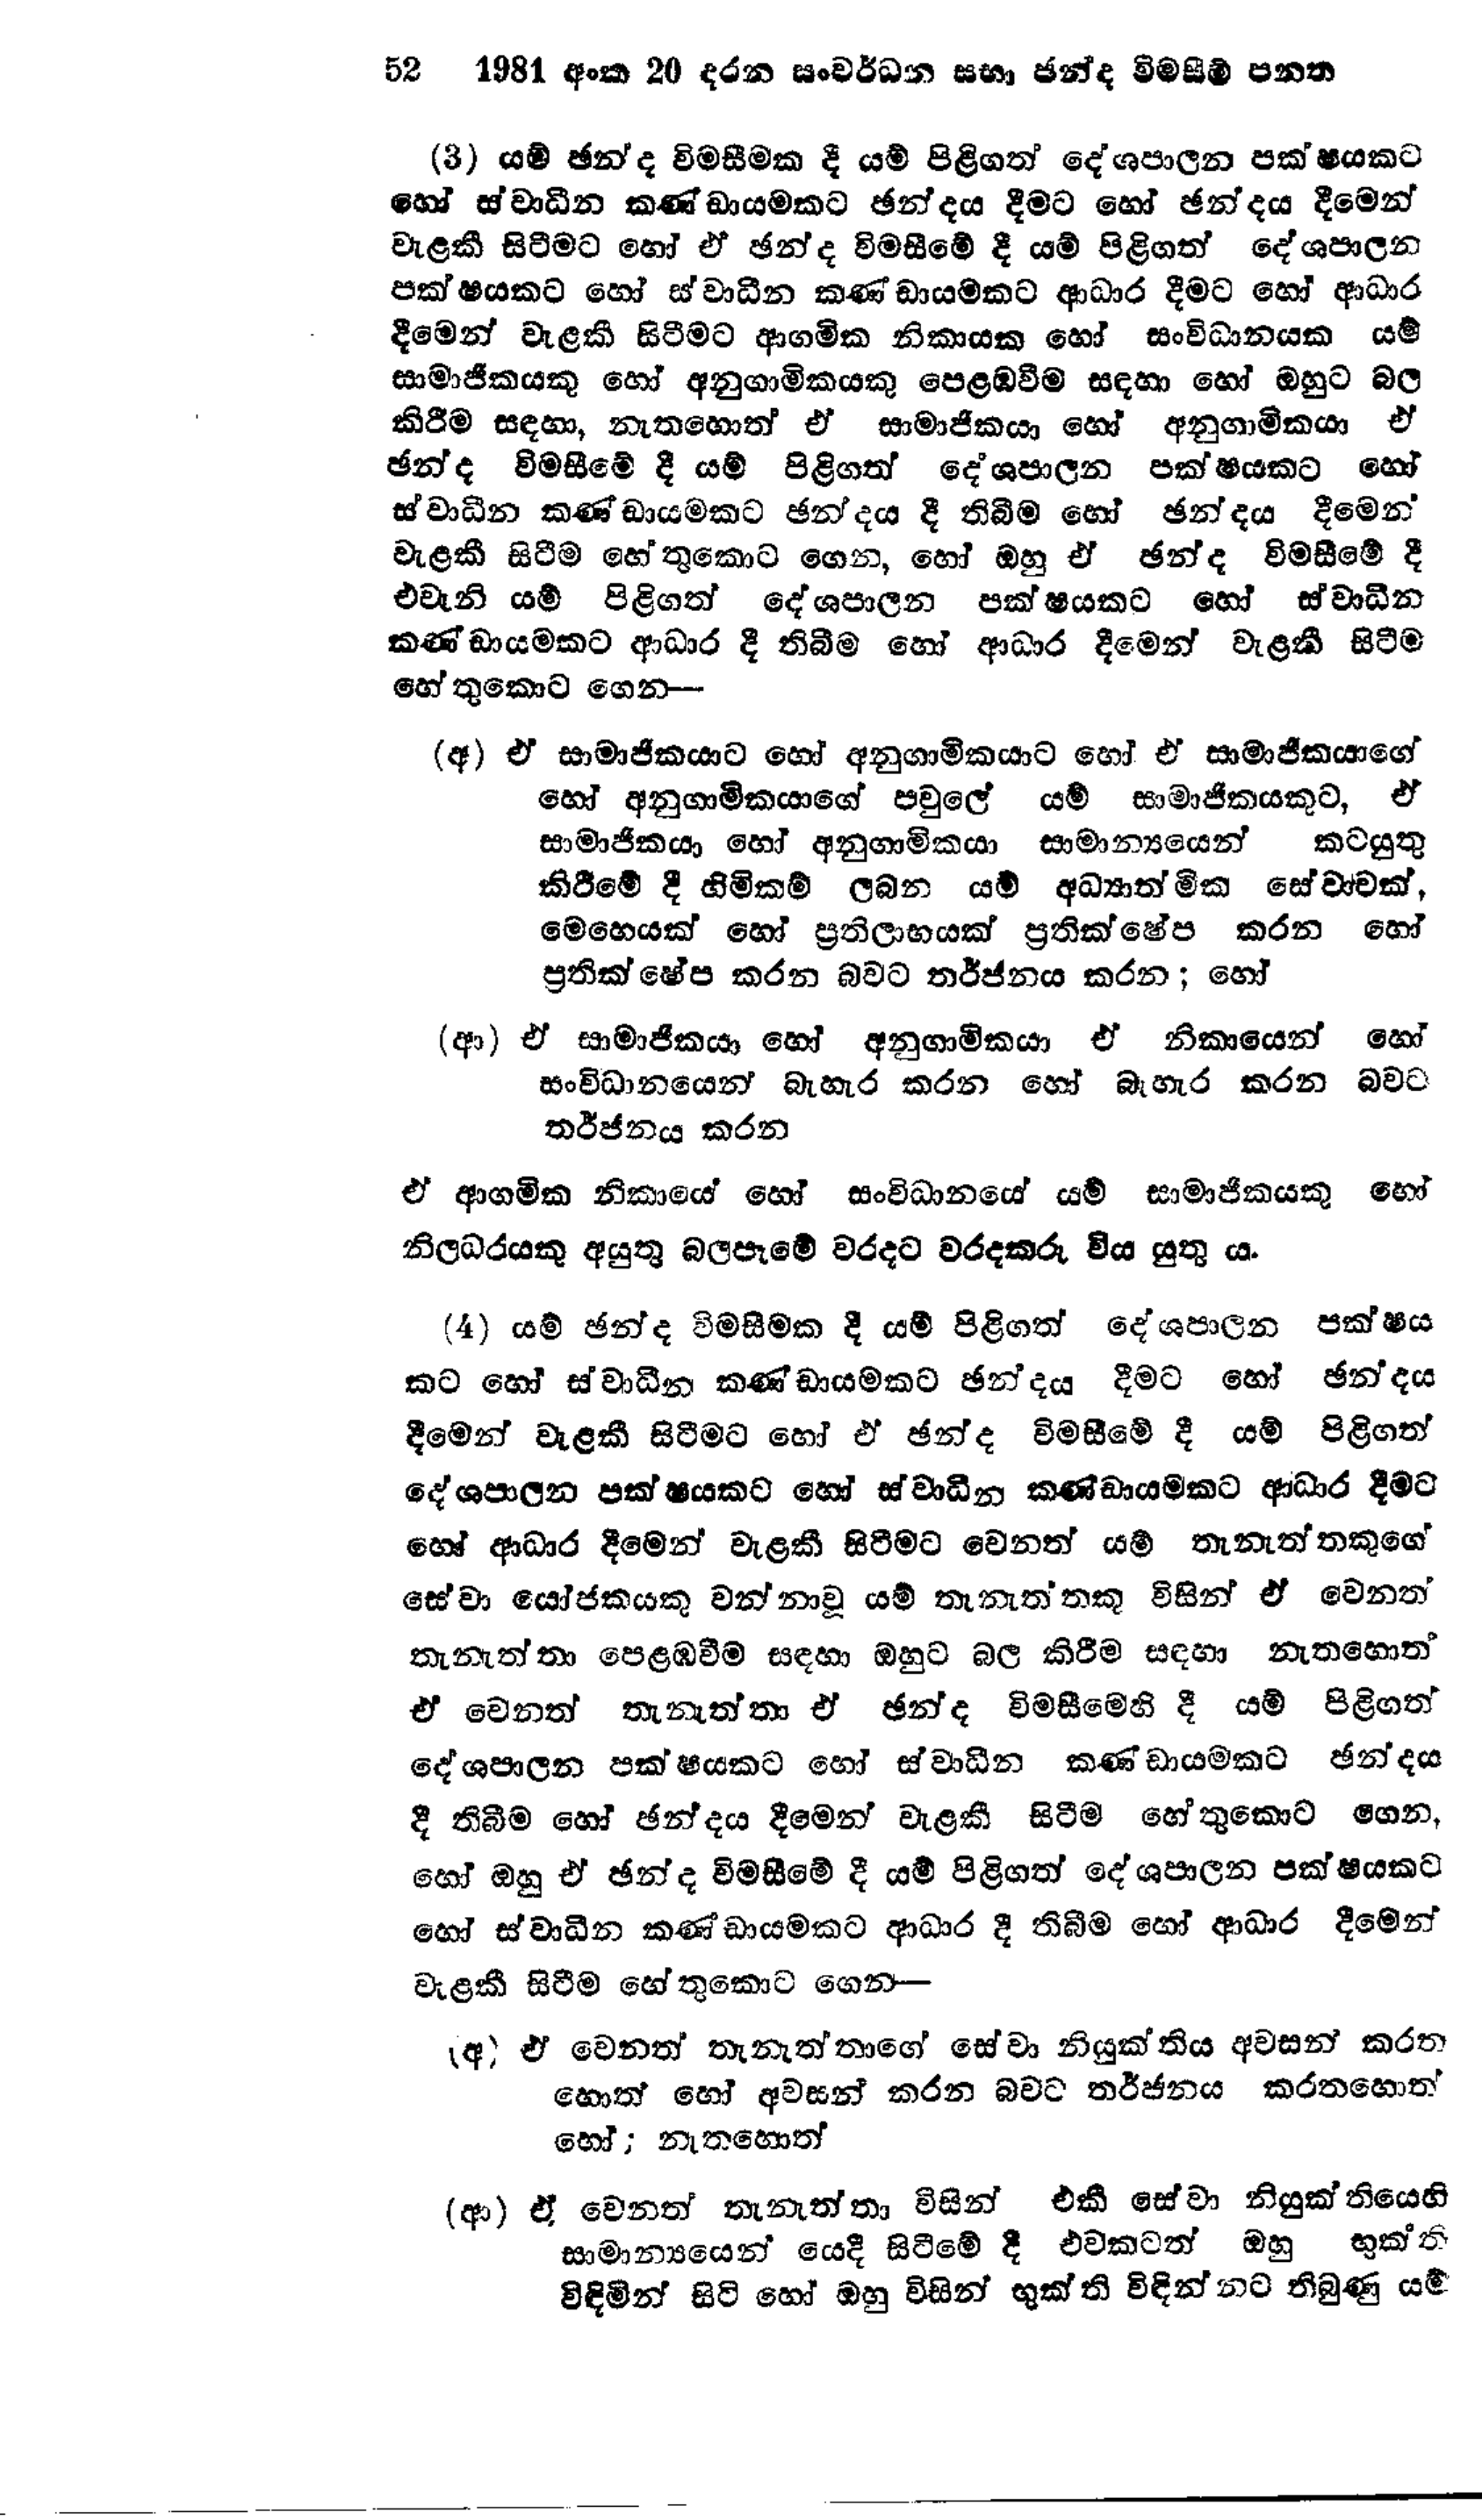
52	1981 අංක 20 දරන සංවර්ධන සභා ඡන්ද විමසීම් පනත

(3) යම් ඡන්ද විමසීමක දී යම් පිළිගත් දේශපාලන පක්ෂයකට
හෝ ස්වාධීන කණ්ඩායමකට ඡන්දය දීමට හෝ ඡන්දය දීමෙන්
වැළකී සිටීමට හෝ ඒ ඡන්ද විමසීමේ දී යම් පිළිගත් දේශපාලන
පක්ෂයකට හෝ ස්වාධීන කණ්ඩායමකට ආධාර දීමට හෝ ආධාර
දීමෙන් වැළකී සිටීමට ආගමික නිකායක හෝ සංවිධානයක යම්
සාමාජිකයකු හෝ අනුගාමිකයකු පෙළඹවීම සඳහා හෝ ඔහුට බල
කිරීම සඳහා, නැතහොත් ඒ සාමාජිකයා හෝ අනුගාමිකයා ඒ
ඡන්ද විමසීමේ දී යම් පිළිගත් දේශපාලන පක්ෂයකට හෝ
ස්වාධීන කණ්ඩායමකට ඡන්දය දී තිබීම හෝ ඡන්දය දීමෙන්
වැළකී සිටීම හේතුකොට ගෙන, හෝ ඔහු ඒ ඡන්ද විමසීමේ දී
එවැනි යම් පිළිගත් දේශපාලන පක්ෂයකට හෝ ස්වාධීන
කණ්ඩායමකට ආධාර දී තිබීම හෝ ආධාර දීමෙන් වැළකී සිටීම
හේතුකොට ගෙන --

(අ) ඒ සාමාජිකයාට හෝ අනුගාමිකයාට හෝ ඒ සාමාජිකයාගේ
හෝ අනුගාමිකයාගේ පවුලේ යම් සාමාජිකයකුට, ඒ
සාමාජිකයා හෝ අනුගාමිකයා සාමාන්‍යයෙන් කටයුතු
කිරීමේ දී හිමිකම් ලබන යම් අධ්‍යාත්මික සේවාවක්,
මෙහෙයක් හෝ ප්‍රතිලාභයක් ප්‍රතික්ෂේප කරන හෝ
ප්‍රතික්ෂේප කරන බවට තර්ජනය කරන; හෝ

(ආ) ඒ සාමාජිකයා හෝ අනුගාමිකයා ඒ නිකායෙන් හෝ
සංවිධානයෙන් බැහැර කරන හෝ බැහැර කරන බවට
තර්ජනය කරන

ඒ ආගමික නිකායේ හෝ සංවිධානයේ යම් සාමාජිකයකු හෝ
නිලධරයකු අයුතු බලපෑමේ වරදට වරදකරු විය යුතුය.

(4) යම් ඡන්ද විමසීමක දී යම් පිළිගත් දේශපාලන පක්ෂය
කට හෝ ස්වාධීන කණ්ඩායමකට ඡන්දය දීමට හෝ ඡන්දය
දීමෙන් වැළකී සිටීමට හෝ ඒ ඡන්ද විමසීමේ දී යම් පිළිගත්
දේශපාලන පක්ෂයකට හෝ ස්වාධීන කණ්ඩායමකට ආධාර දීමට
හෝ ආධාර දීමෙන් වැළකී සිටීමට වෙනත් යම් තැනැත්තකුගේ
සේවා යෝජකයකු වන්නාවූ යම් තැනැත්තකු විසින් ඒ වෙනත්
තැනැත්තා පෙළඹවීම සඳහා ඔහුට බල කිරීම සඳහා නැතහොත්
ඒ වෙනත් තැනැත්තා ඒ ඡන්ද විමසීමෙහි දී යම් පිළිගත්
දේශපාලන පක්ෂයකට හෝ ස්වාධීන කණ්ඩායමකට ඡන්දය
දී තිබීම හෝ ඡන්දය දීමෙන් වැළකී සිටීම හේතුකොට ගෙන,
හෝ ඔහු ඒ ඡන්ද විමසීමේ දී යම් පිළිගත් දේශපාලන පක්ෂයකට
හෝ ස්වාධීන කණ්ඩායමකට ආධාර දී තිබීම හෝ ආධාර දීමෙන්
වැළකී සිටීම හේතුකොට ගෙන --

(අ) ඒ වෙනත් තැනැත්තාගේ සේවා නියුක්තිය අවසන් කරන
හොත් හෝ අවසන් කරන බවට තර්ජනය කරතහොත්
හෝ; නැතහොත්

(ආ) ඒ වෙනත් තැනැත්තා විසින් එකී සේවා නියුක්තියෙහි
සාමාන්‍යයෙන් යෙදී සිටීමේ දී එවකටත් ඔහු භුක්ති
විඳිමින් සිටි හෝ ඔහු විසින් භුක්ති විඳින්නට තිබුණු යම්